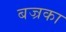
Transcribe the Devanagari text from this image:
बज्रका